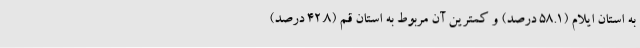
به استان ایلام (٥٨.١ درصد) و کمترین آن مربوط به استان قم (٤٢.٨ درصد)